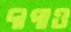
দাপাও